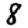
Digit: 8